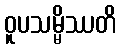
ဝူပသမ္မိဿတိ